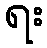
ရး